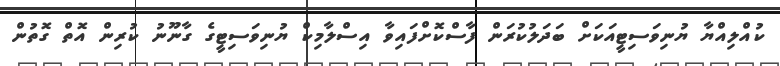
ކުއްލިއްޔާ ޔުނިވަސިޓީއަކަށް ބަދަލުކުރަން ފާސްކޮށްފައިވާ އިސްލާމިކް ޔުނިވަސިޓީގެ ގާނޫނު ކުރިން އޮތް ގޮތުން